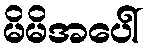
မိမိအပေါ်